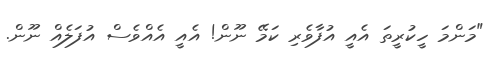
"މަންމަ ހީކުރީތަ އެއީ އުފާވެރި ކަމޭ ނޫން! އެއީ އެއްވެސް އުފަލެއް ނޫން.